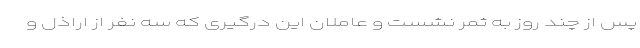
پس از چند روز به ثمر نشست و عاملان این درگیری که سه نفر از اراذل و